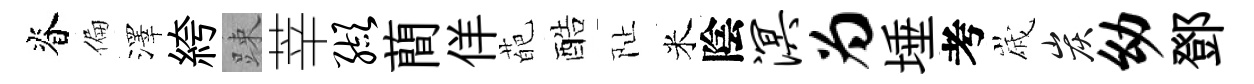
脊偏澤絝踈莘缬蕳佯葩酷阯米陰溟为埵考𡻕炭幼鄧